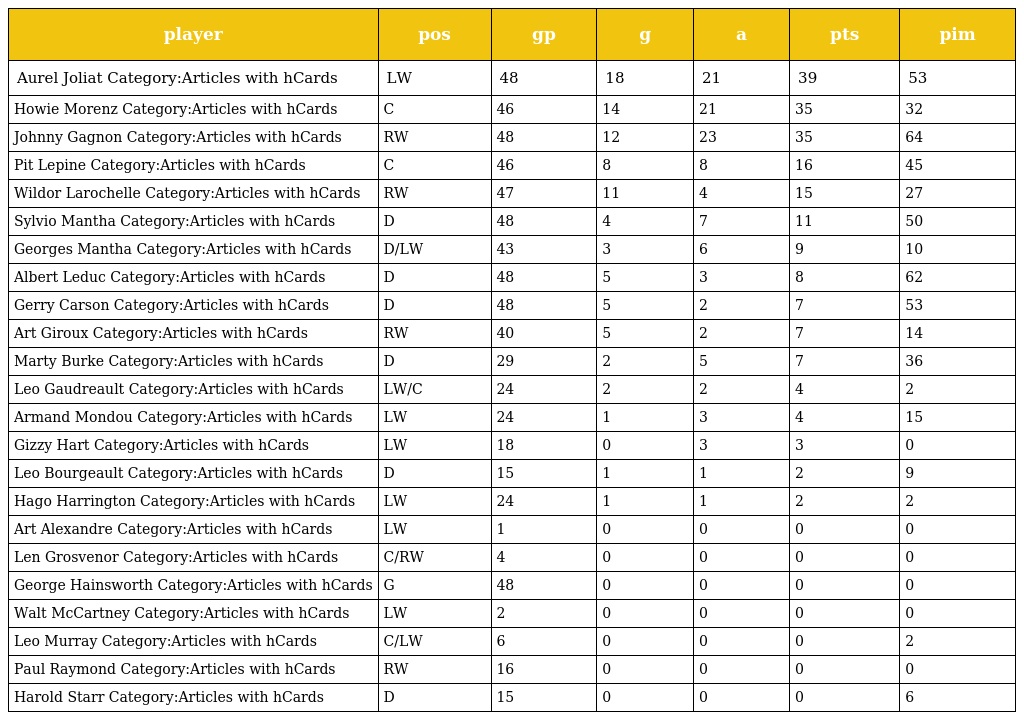
| player | pos | gp | g | a | pts | pim |
 | --- | --- | --- | --- | --- | --- | --- |
 | Aurel Joliat Category:Articles with hCards | LW | 48 | 18 | 21 | 39 | 53 |
 | Howie Morenz Category:Articles with hCards | C | 46 | 14 | 21 | 35 | 32 |
 | Johnny Gagnon Category:Articles with hCards | RW | 48 | 12 | 23 | 35 | 64 |
 | Pit Lepine Category:Articles with hCards | C | 46 | 8 | 8 | 16 | 45 |
 | Wildor Larochelle Category:Articles with hCards | RW | 47 | 11 | 4 | 15 | 27 |
 | Sylvio Mantha Category:Articles with hCards | D | 48 | 4 | 7 | 11 | 50 |
 | Georges Mantha Category:Articles with hCards | D/LW | 43 | 3 | 6 | 9 | 10 |
 | Albert Leduc Category:Articles with hCards | D | 48 | 5 | 3 | 8 | 62 |
 | Gerry Carson Category:Articles with hCards | D | 48 | 5 | 2 | 7 | 53 |
 | Art Giroux Category:Articles with hCards | RW | 40 | 5 | 2 | 7 | 14 |
 | Marty Burke Category:Articles with hCards | D | 29 | 2 | 5 | 7 | 36 |
 | Leo Gaudreault Category:Articles with hCards | LW/C | 24 | 2 | 2 | 4 | 2 |
 | Armand Mondou Category:Articles with hCards | LW | 24 | 1 | 3 | 4 | 15 |
 | Gizzy Hart Category:Articles with hCards | LW | 18 | 0 | 3 | 3 | 0 |
 | Leo Bourgeault Category:Articles with hCards | D | 15 | 1 | 1 | 2 | 9 |
 | Hago Harrington Category:Articles with hCards | LW | 24 | 1 | 1 | 2 | 2 |
 | Art Alexandre Category:Articles with hCards | LW | 1 | 0 | 0 | 0 | 0 |
 | Len Grosvenor Category:Articles with hCards | C/RW | 4 | 0 | 0 | 0 | 0 |
 | George Hainsworth Category:Articles with hCards | G | 48 | 0 | 0 | 0 | 0 |
 | Walt McCartney Category:Articles with hCards | LW | 2 | 0 | 0 | 0 | 0 |
 | Leo Murray Category:Articles with hCards | C/LW | 6 | 0 | 0 | 0 | 2 |
 | Paul Raymond Category:Articles with hCards | RW | 16 | 0 | 0 | 0 | 0 |
 | Harold Starr Category:Articles with hCards | D | 15 | 0 | 0 | 0 | 6 |